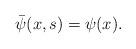
LaTeX: \begin{align*}\bar \psi (x,s) = \psi (x).\end{align*}